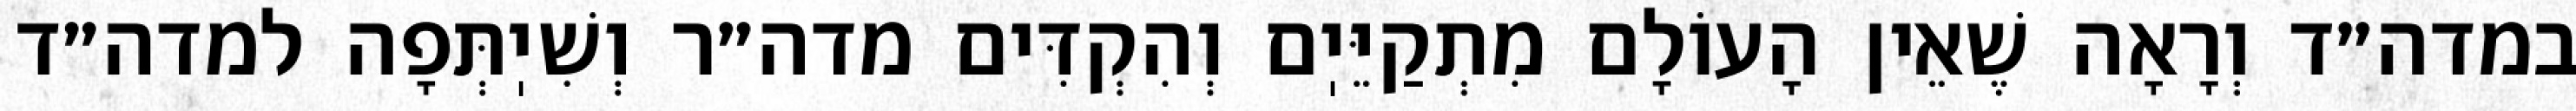
במדה״ד וְרָאָה שֶׁאֵין הָעוֹלָם מִתְקַיֵּיֽם וְהִקְדִּים מדה״ר וְשִׁיֽתְּפָה למדה״ד